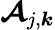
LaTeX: \boldsymbol{\mathcal{A}}_{j,\boldsymbol{k}}